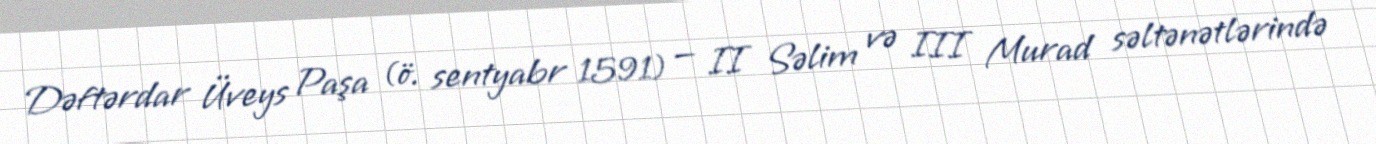
Dəftərdar Üveys Paşa (ö. sentyabr 1591) — II Səlim və III Murad səltənətlərində